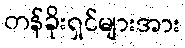
တန်ခိုးရှင်များအား